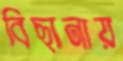
বিছানায়